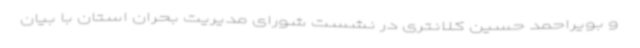
و بویراحمد حسین کلانتری در نشست شورای مدیریت بحران استان با بیان